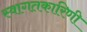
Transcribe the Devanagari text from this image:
स्वागतकारिणी